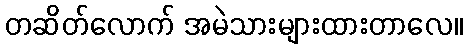
တဆိတ်လောက် အမဲသားများထားတာလေ။